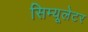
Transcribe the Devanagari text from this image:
सिम्यूलेटर